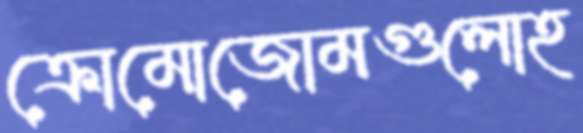
ক্রোমোজোমগুলোহ